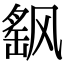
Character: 飖